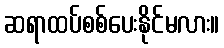
ဆရာထပ်စစ်ပေးနိုင်မလား။